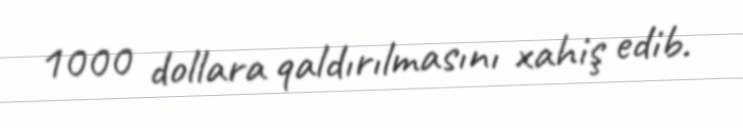
1000 dollara qaldırılmasını xahiş edib.